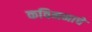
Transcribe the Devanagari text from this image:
कविमनाचे